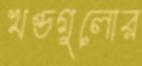
খণ্ডগুলোর